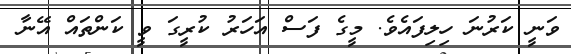
ވަނީ ކަރުނަ ހިލިފައެވެ. މީގެ ފަސް އަހަރު ކުރީގަ ވީ ކަންތައް އޭނާ